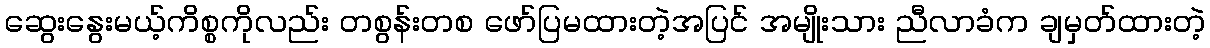
ဆွေးနွေးမယ့်ကိစ္စကိုလည်း တစွန်းတစ ဖော်ပြမထားတဲ့အပြင် အမျိုးသား ညီလာခံက ချမှတ်ထားတဲ့